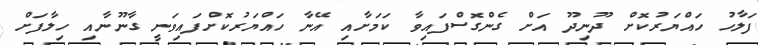
ފަލާހު ހައްޔަރުކޮށް ދޫނިދޫ އަށް ގެންގޮސްފައިވާ ކަމަށާއި އޭނާ ހައްޔަރުކޮށްފައިވަނީ ގާނޫނާއި ހިލާފަށް